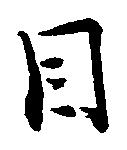
目